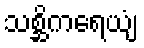
သစ္ဆိကရေယျံ